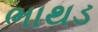
ભાથડ